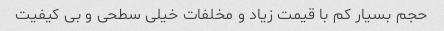
حجم بسیار کم با قیمت زیاد و مخلفات خیلی سطحی و بی کیفیت